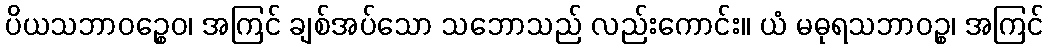
ပိယသဘာဝဉ္စေဝ၊ အကြင် ချစ်အပ်သော သဘောသည် လည်းကောင်း။ ယံ မဓုရသဘာဝဉ္စ၊ အကြင်